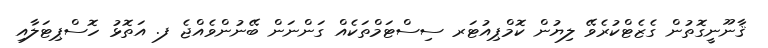
ޤާނޫނީގޮތުން ގެޒެޓްކުރެވޭ ލިޔުން ކޮމްޕިއުޓަރ ސިސްޓަމްތަކެއް ގަންނަން ބޭނުންވެއްޖެ ފ. އަތޮޅު ހޮސްޕިޓަލާއި